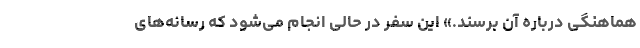
هماهنگی درباره آن برسند.» این سفر در حالی انجام می‌شود که رسانه‌های